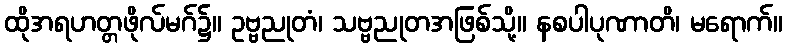
ထိုအရဟတ္တဖိုလ်မဂ်၌။ ဥဗ္ဗညုတံ၊ သဗ္ဗညုတအဖြစ်သို့။ နစပါပုဏာတိ၊ မရောက်။